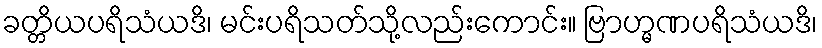
ခတ္တိယပရိသံယဒိ၊ မင်းပရိသတ်သို့လည်းကောင်း။ ဗြာဟ္မဏပရိသံယဒိ၊